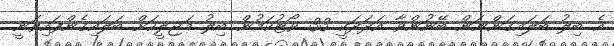
އެ ބިލު ބަލައިގަންނަން ބޭނުންވާ އަދަދަކީ 33 ވޯޓުކަމުން ބިލު މަޖިލީހަށް ބަލައިގެންފައިވަނީ